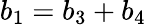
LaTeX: b_{1}=b_{3}+b_{4}